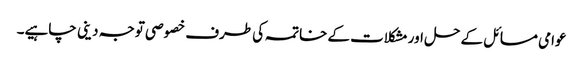
عوامی مسائل کے حل اور مشکلات کے خاتمہ کی طرف خصوصی توجہ دینی چاہیے۔